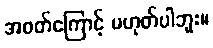
အဝတ်ကြောင့် မဟုတ်ပါဘူး။